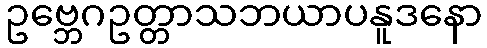
ဥဗ္ဘေဂဥတ္တာသဘယာပနူဒနော